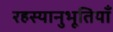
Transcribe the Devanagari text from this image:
रहस्यानुभूतियाँ